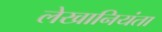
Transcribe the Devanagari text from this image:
लेखानियंता